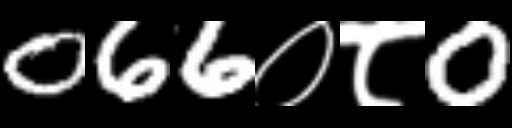
Text: 066०८0